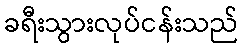
ခရီးသွားလုပ်ငန်းသည်